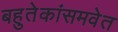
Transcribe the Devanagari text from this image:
बहुतेकांसमवेत